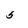
Character: 5